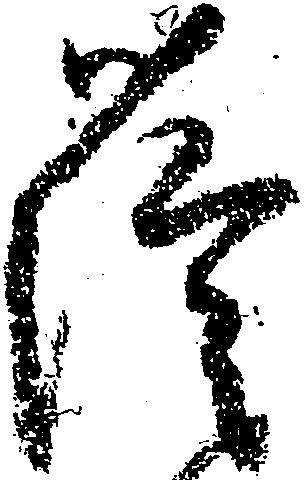
薩